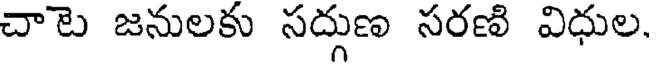
చాటె జనులకు సద్గుణ సరణి విధుల.